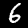
Label: 6